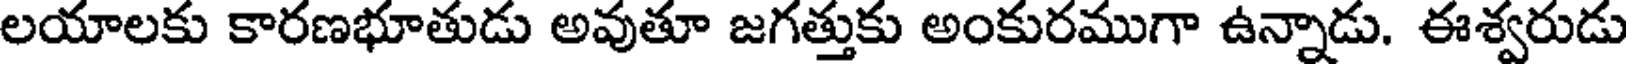
లయాలకు కారణభూతుడు అవుతూ జగత్తుకు అంకురముగా ఉన్నాడు. ఈశ్వరుడు